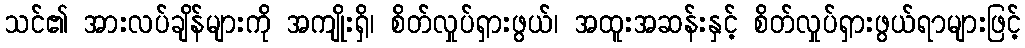
သင်၏ အားလပ်ချိန်များကို အကျိုးရှိ၊ စိတ်လှုပ်ရှားဖွယ်၊ အထူးအဆန်းနှင့် စိတ်လှုပ်ရှားဖွယ်ရာများဖြင့်